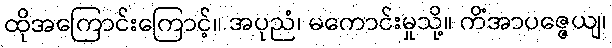
ထိုအကြောင်းကြောင့်။ အပုညံ၊ မကောင်းမှုသို့။ ကိံအာပဇ္ဇေယျ၊